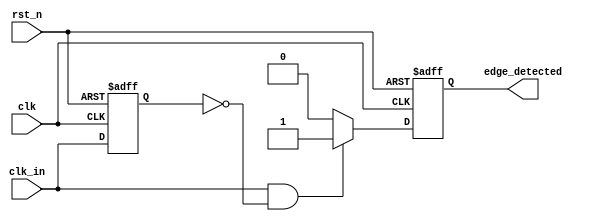
module rising_edge_detector (
    input wire clk,           // Clock signal
    input wire rst_n,        // Active low reset signal
    input wire clk_in,       // Input signal to detect rising edge
    output reg edge_detected  // Output signal indicating rising edge detection
);

    reg clk_in_prev; // Register to hold the previous state of clk_in

    // Sequential logic to sample the input signal and update registers
    always @(posedge clk or negedge rst_n) begin
        if (!rst_n) begin
            clk_in_prev <= 1'b0; // Reset previous state to 0
            edge_detected <= 1'b0; // Reset edge detected output
        end else begin
            // Update previous state
            clk_in_prev <= clk_in;

            // Edge detection logic
            if (clk_in && !clk_in_prev) begin
                edge_detected <= 1'b1; // Rising edge detected
            end else begin
                edge_detected <= 1'b0; // No rising edge
            end
        end
    end

endmodule